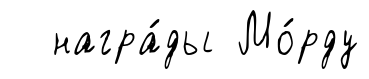
награ́ды Мо́рду